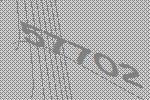
57702